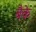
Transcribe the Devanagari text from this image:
बैके